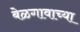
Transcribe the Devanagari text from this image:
बेळगावाच्या